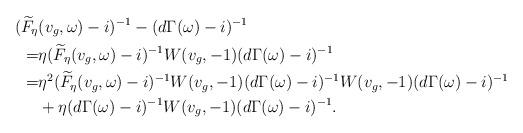
LaTeX: \begin{align*}(\widetilde{F}_{\eta}&(v_g,\omega)-i)^{-1}-(d\Gamma(\omega)-i)^{-1}\\=&\eta (\widetilde{F}_{\eta}(v_g,\omega)-i)^{-1}W(v_g,-1)(d\Gamma(\omega)-i)^{-1}\\=& \eta^2(\widetilde{F}_{\eta}(v_g,\omega)-i)^{-1}W(v_g,-1)(d\Gamma(\omega)-i)^{-1}W(v_g,-1)(d\Gamma(\omega)-i)^{-1}\\&+\eta(d\Gamma(\omega)-i)^{-1}W(v_g,-1)(d\Gamma(\omega)-i)^{-1}.\end{align*}